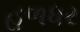
હળધર